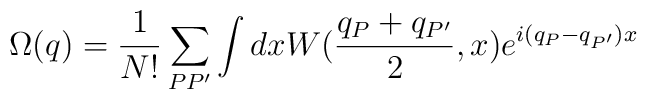
\Omega(q)=\frac1{N!} \sum_{PP'} \int dx W(\frac{q_P+q_{P'}}2 ,x)e^{i(q_P-q_{P'})x}